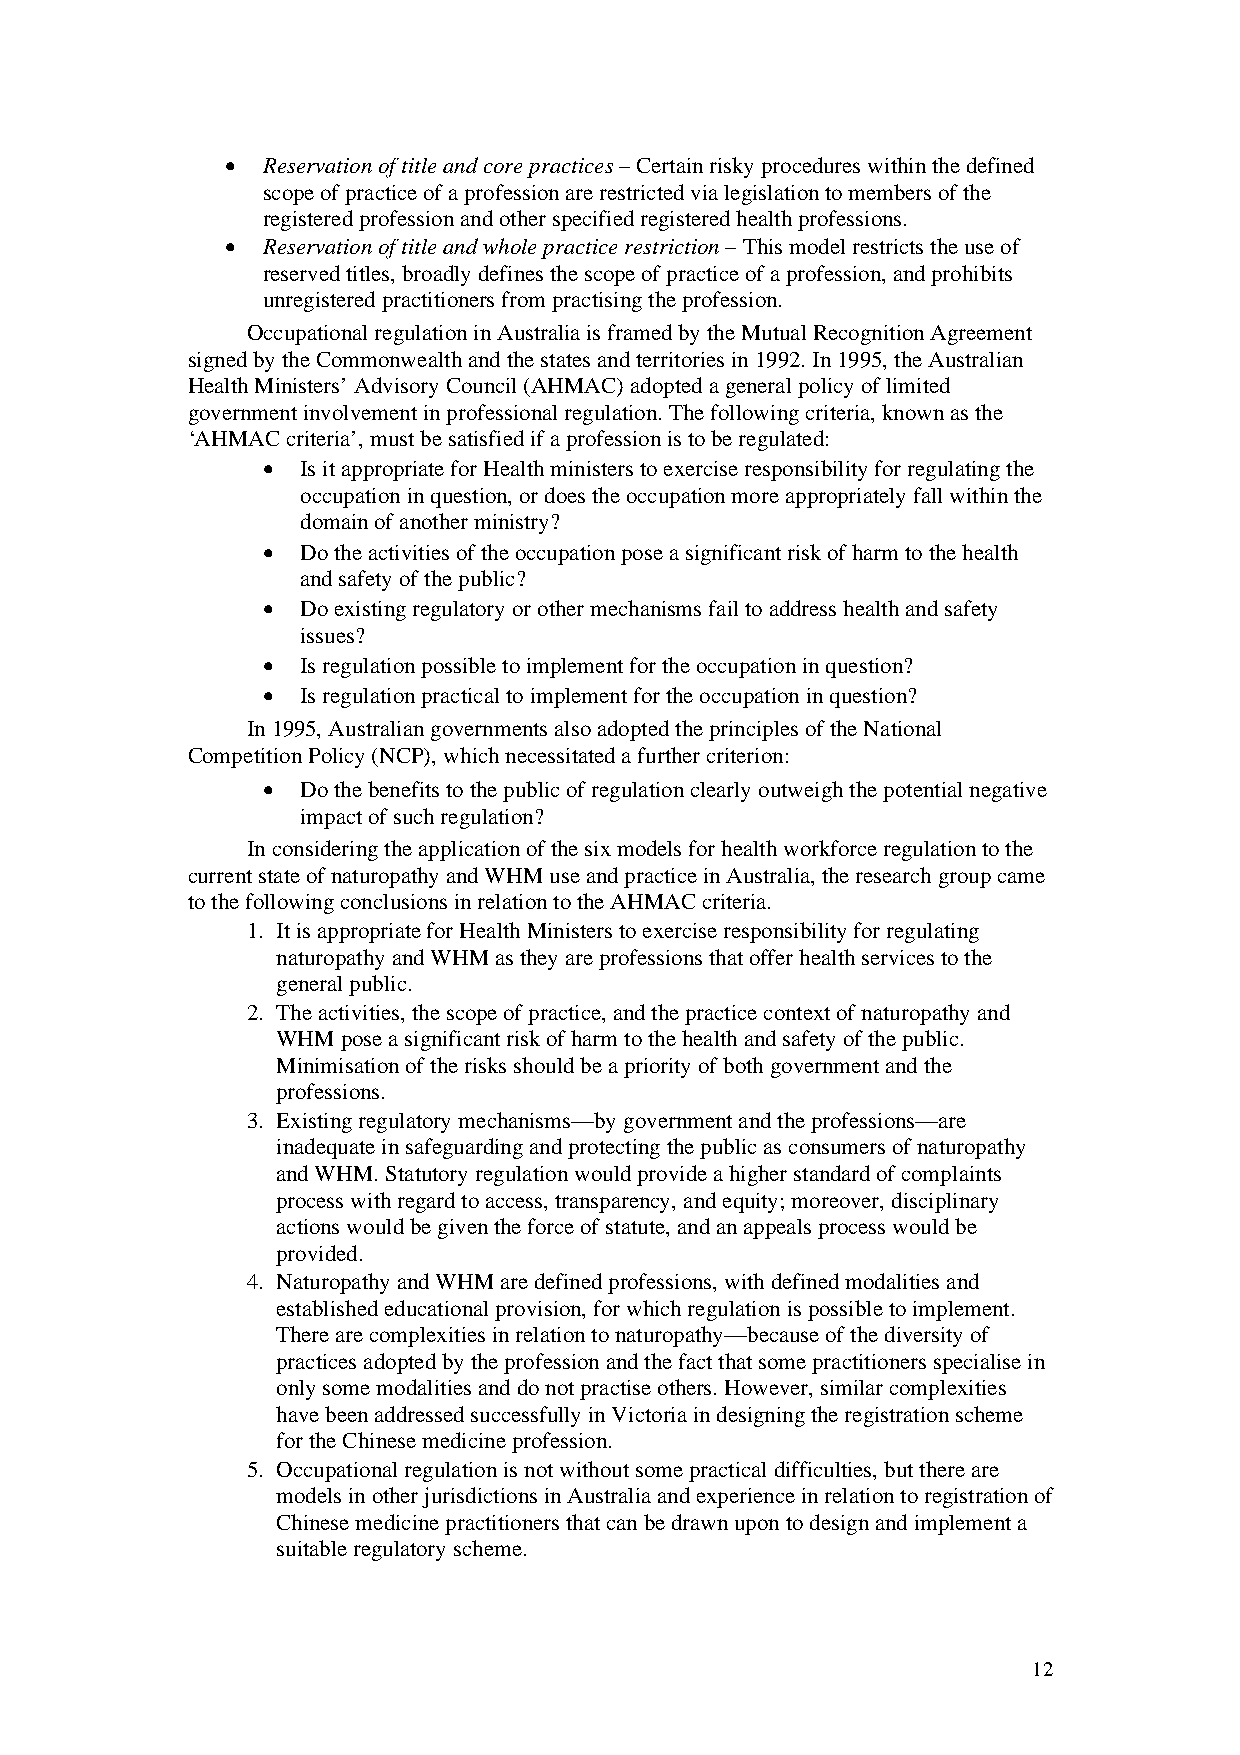
• Reservation of title and core practices – Certain risky procedures within the defined
 scope of practice of a profession are restricted via legislation to members of the
 registered profession and other specified registered health professions.
 • Reservation of title and whole practice restriction – This model restricts the use of
 reserved titles, broadly defines the scope of practice of a profession, and prohibits
 unregistered practitioners from practising the profession.
 Occupational regulation in Australia is framed by the Mutual Recognition Agreement
 signed by the Commonwealth and the states and territories in 1992. In 1995, the Australian
 Health Ministers’ Advisory Council (AHMAC) adopted a general policy of limited
 government involvement in professional regulation. The following criteria, known as the
 ‘AHMAC criteria’, must be satisfied if a profession is to be regulated:
 •  Is it appropriate for Health ministers to exercise responsibility for regulating the
 occupation in question, or does the occupation more appropriately fall within the
 domain of another ministry?
 •  Do the activities of the occupation pose a significant risk of harm to the health
 and safety of the public?
 •  Do existing regulatory or other mechanisms fail to address health and safety
 issues?
 •  Is regulation possible to implement for the occupation in question?
 •  Is regulation practical to implement for the occupation in question?
 In 1995, Australian governments also adopted the principles of the National
 Competition Policy (NCP), which necessitated a further criterion:
 •  Do the benefits to the public of regulation clearly outweigh the potential negative
 impact of such regulation?
 In considering the application of the six models for health workforce regulation to the
 current state of naturopathy and WHM use and practice in Australia, the research group came
 to the following conclusions in relation to the AHMAC criteria.
 1. It is appropriate for Health Ministers to exercise responsibility for regulating
 naturopathy and WHM as they are professions that offer health services to the
 general public.
 2. The activities, the scope of practice, and the practice context of naturopathy and
 WHM  pose a significant risk of harm to the health and safety of the public.
 Minimisation of the risks should be a priority of both government and the
 professions.
 3. Existing regulatory mechanisms—by government and the professions—are
 inadequate in safeguarding and protecting the public as consumers of naturopathy
 and WHM. Statutory regulation would provide a higher standard of complaints
 process with regard to access, transparency, and equity; moreover, disciplinary
 actions would be given the force of statute, and an appeals process would be
 provided.
 4. Naturopathy and WHM are defined professions, with defined modalities and
 established educational provision, for which regulation is possible to implement.
 There are complexities in relation to naturopathy—because of the diversity of
 practices adopted by the profession and the fact that some practitioners specialise in
 only some modalities and do not practise others. However, similar complexities
 have been addressed successfully in Victoria in designing the registration scheme
 for the Chinese medicine profession.
 5. Occupational regulation is not without some practical difficulties, but there are
 models in other jurisdictions in Australia and experience in relation to registration of
 Chinese medicine practitioners that can be drawn upon to design and implement a
 suitable regulatory scheme.
 12